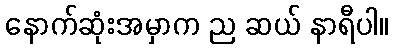
နောက်ဆုံးအမှာက ည ဆယ် နာရီပါ။